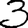
Digit: 3